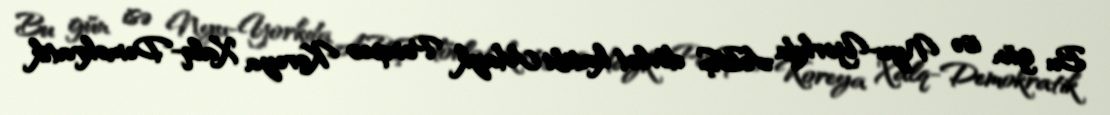
Bu gün isə Nyu-Yorkda ABŞ dövlət katibi Mayk Pompeo Koreya Xalq-Demokratik